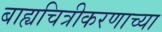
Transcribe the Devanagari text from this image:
बाह्यचित्रीकरणाच्या